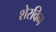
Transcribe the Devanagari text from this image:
शेरविन